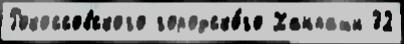
Рокоссовского городско́го Ханпаши 32